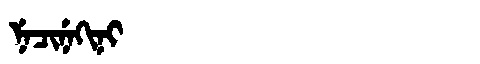
Manchu: ᠨᡝᠴᡳᠨᡝᡴᡳᠨᡳ
Romanization: NECINEKINI